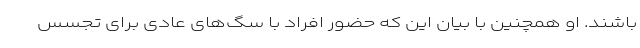
باشند. او همچنین با بیان این که حضور افراد با سگ‌های عادی برای تجسس